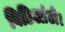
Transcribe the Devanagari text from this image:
विडिआंटो।